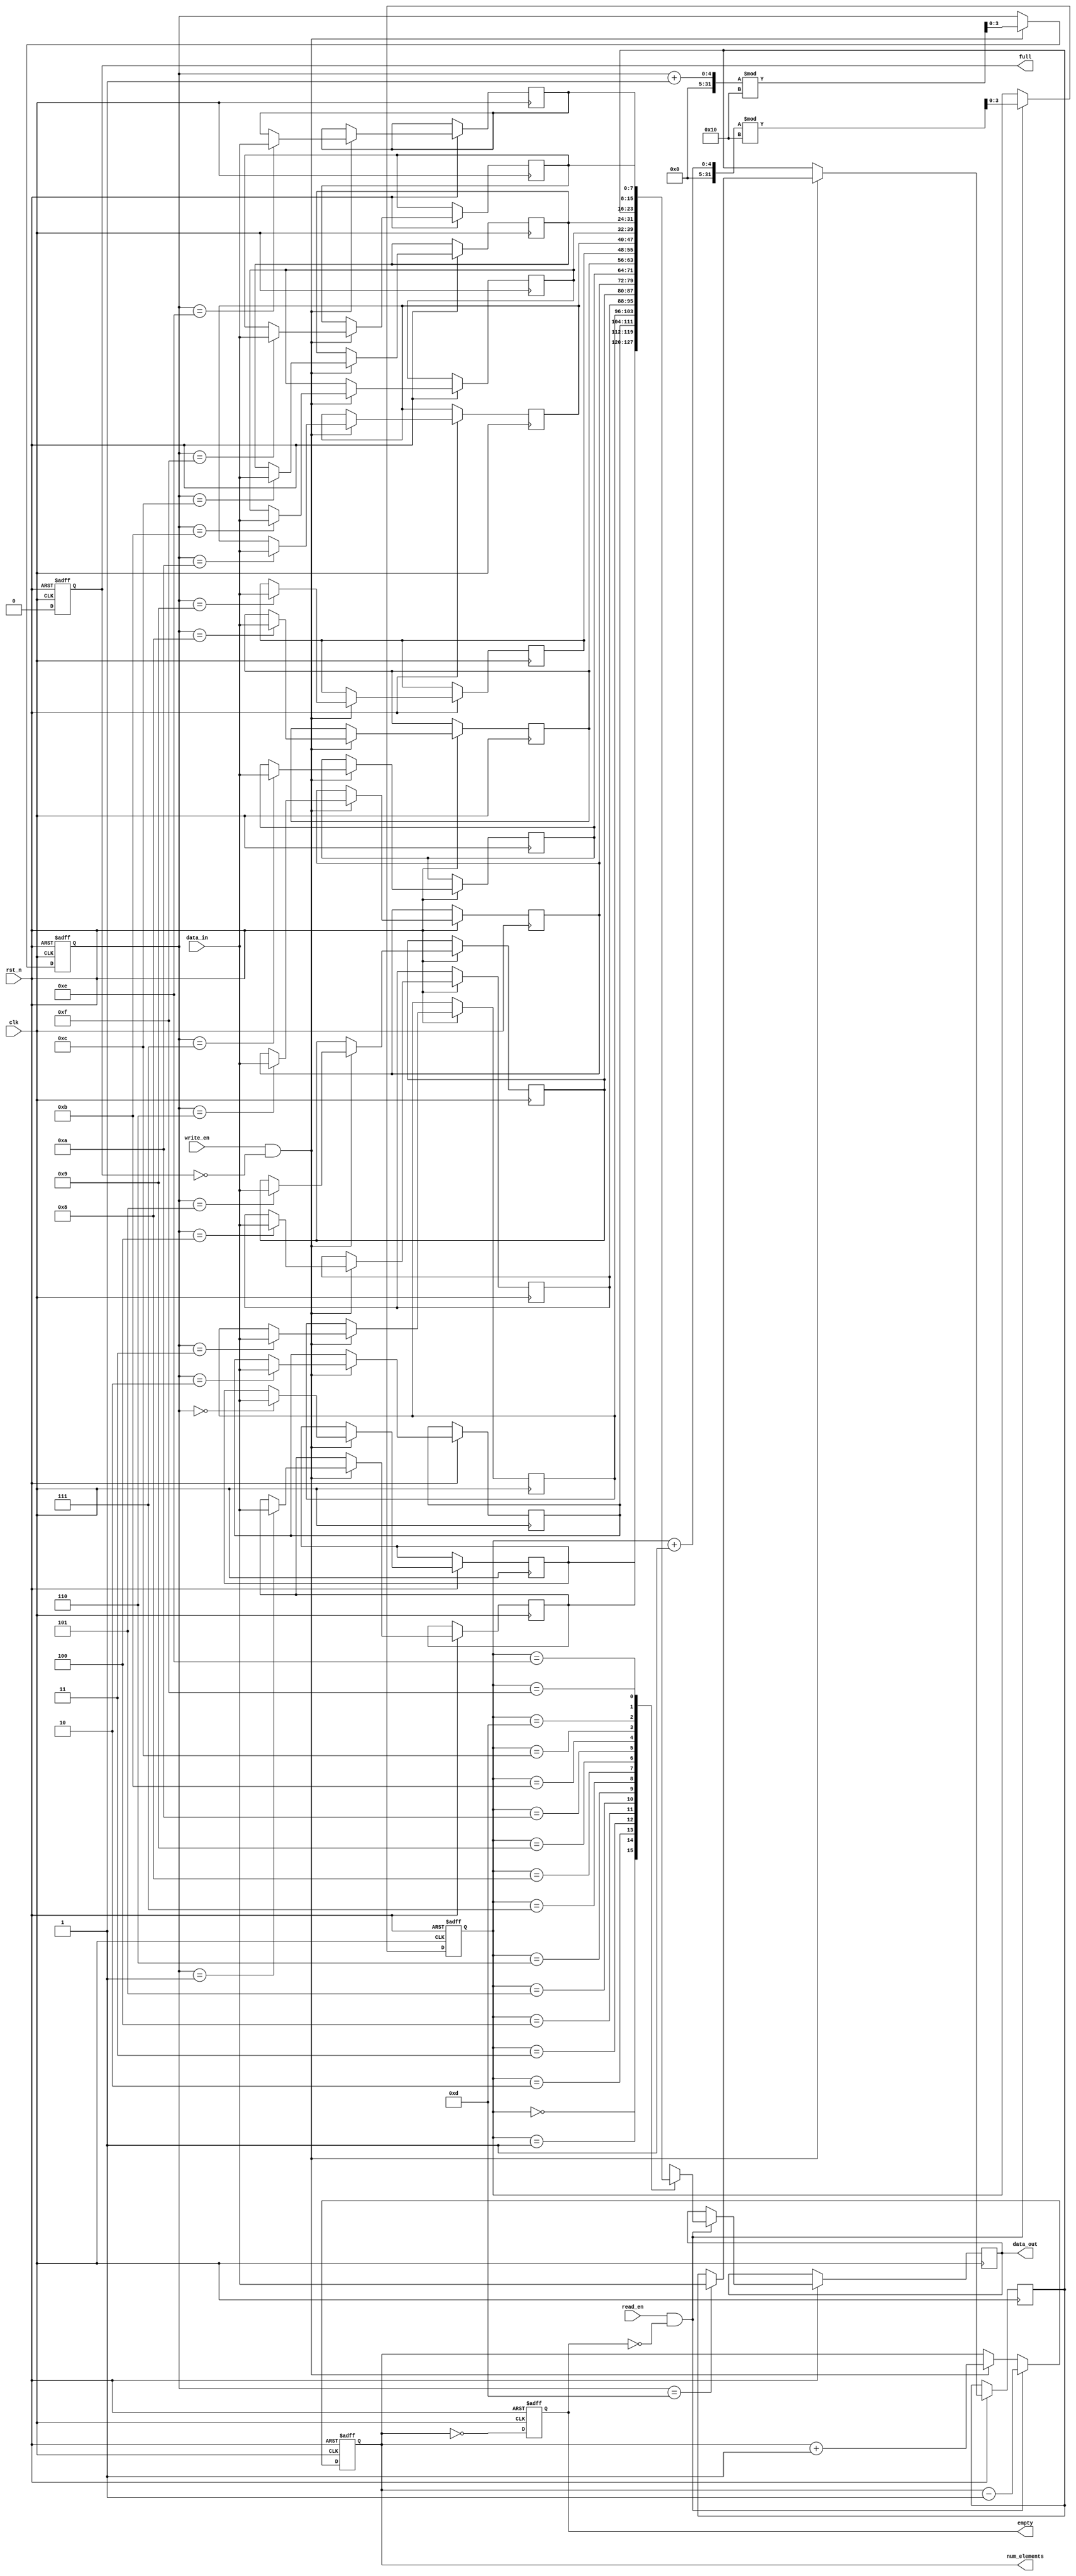
module parameterized_fifo #(
    parameter DATA_WIDTH = 8,          // Width of each data element
    parameter FIFO_DEPTH = 16           // Number of entries in the FIFO
) (
    input wire clk,                     // Clock signal
    input wire rst_n,                   // Active low reset
    input wire write_en,                // Write enable
    input wire read_en,                 // Read enable
    input wire [DATA_WIDTH-1:0] data_in,// Input data
    output reg [DATA_WIDTH-1:0] data_out,// Output data
    output reg full,                    // FIFO full flag
    output reg empty,                   // FIFO empty flag
    output reg [ADDR_WIDTH-1:0] num_elements // Current number of elements
);

    localparam ADDR_WIDTH = $clog2(FIFO_DEPTH); // Address width calculation

    // Memory array for FIFO storage
    reg [DATA_WIDTH-1:0] fifo_mem[FIFO_DEPTH-1:0];

    // Pointers for read and write operations
    reg [ADDR_WIDTH-1:0] write_ptr;
    reg [ADDR_WIDTH-1:0] read_ptr;

    // Initialize FIFO
    always @(posedge clk or negedge rst_n) begin
        if (!rst_n) begin
            write_ptr <= 0;
            read_ptr <= 0;
            num_elements <= 0;
            full <= 0;
            empty <= 1;
        end else begin
            // Write operation
            if (write_en && !full) begin
                fifo_mem[write_ptr] <= data_in; // Write data to FIFO
                write_ptr <= (write_ptr + 1) % FIFO_DEPTH; // Circular increment
                num_elements <= num_elements + 1;
            end

            // Read operation
            if (read_en && !empty) begin
                data_out <= fifo_mem[read_ptr]; // Read data from FIFO
                read_ptr <= (read_ptr + 1) % FIFO_DEPTH; // Circular increment
                num_elements <= num_elements - 1;
            end

            // Update full and empty flags
            full <= (num_elements == FIFO_DEPTH);
            empty <= (num_elements == 0);
        end
    end

endmodule